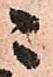
ニ